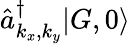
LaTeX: \hat{a}_{k_{x},k_{y}}^{\dagger}|G,0\rangle